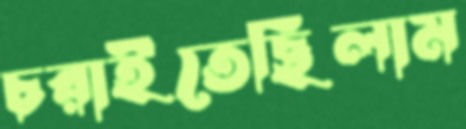
চরাইতেছিলাম